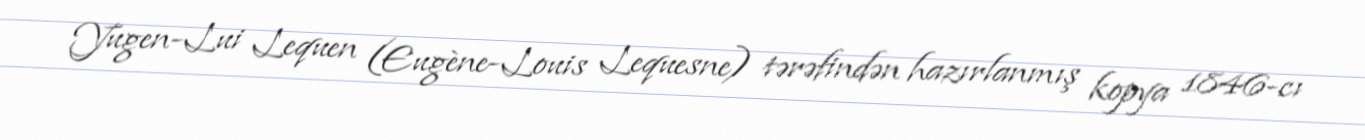
Yugen-Lui Lequen (Eugène-Louis Lequesne) tərəfindən hazırlanmış kopya 1846-cı